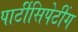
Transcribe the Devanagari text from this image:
पार्टीसिपेटींग